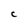
Character: C